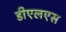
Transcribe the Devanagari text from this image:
डीएलएस